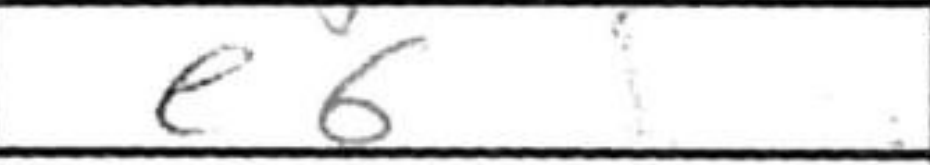
Transcription: e6